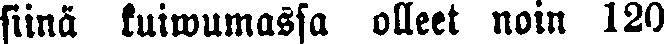
siinä kuiwumassa olleet noin 120